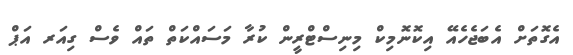
އެގޮތަށް އެބަޖެހެއޭ އިކޮނޮމިކް މިނިސްޓްރީން ކުރާ މަސައްކަތް ތައް ވެސް ގިއަރ އަޕް